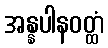
အန္နပါနဝတ္ထံ